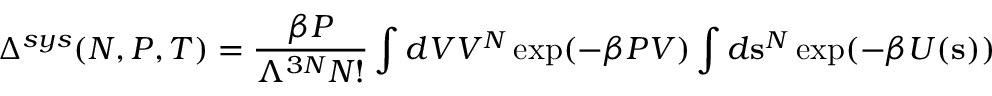
\Delta ^ { s y s } ( N , P , T ) = { \frac { \beta P } { \Lambda ^ { 3 N } N ! } } \int d V V ^ { N } \exp ( - \beta P V ) \int d \mathbf { s } ^ { N } \exp ( - \beta U ( \mathbf { s } ) )